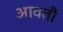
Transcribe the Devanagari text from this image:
आवतौ